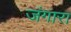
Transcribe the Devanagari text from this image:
जंगारा